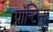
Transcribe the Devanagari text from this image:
पॉन्टिन्स